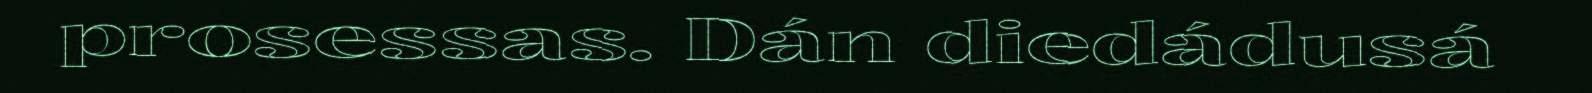
prosessas. Dán diedádusá